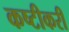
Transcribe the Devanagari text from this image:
कष्टीकरी